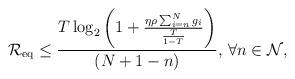
LaTeX: \begin{align*}\mathcal{R}_{\mathrm{eq}} \leq \frac{T\log_2\left(1+\frac{\eta \rho\sum_{i=n}^{N}g_i}{\frac{T}{1-T}}\right)}{(N+1-n)},\,\forall{n\in\mathcal{N}},\end{align*}